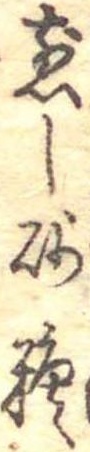
煎し砂糖